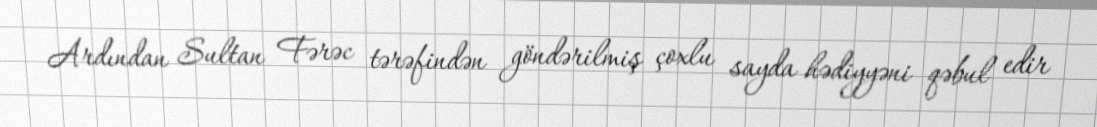
Ardından Sultan Fərəc tərəfindən göndərilmiş çoxlu sayda hədiyyəni qəbul edir